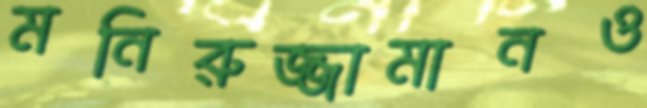
মনিরুজ্জামানও